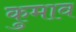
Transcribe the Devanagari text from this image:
कुमाव